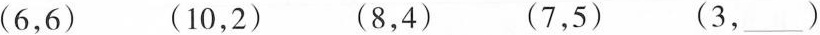
(6，6) (10，2) (8，4) (7，5) (3，__ )